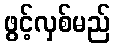
ဖွင့်လှစ်မည်